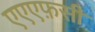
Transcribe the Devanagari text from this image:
एएएफ़सी